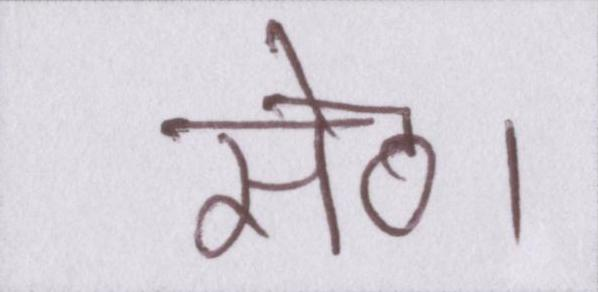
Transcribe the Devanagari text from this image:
सेठ।